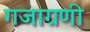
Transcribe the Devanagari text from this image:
गजाग्रणी